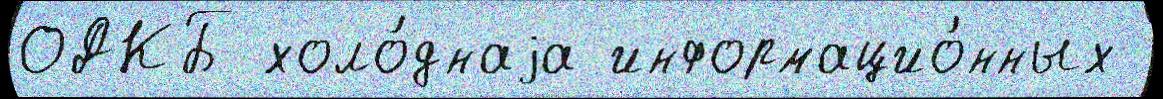
ОДКБ холо́днаjа информацио́нных